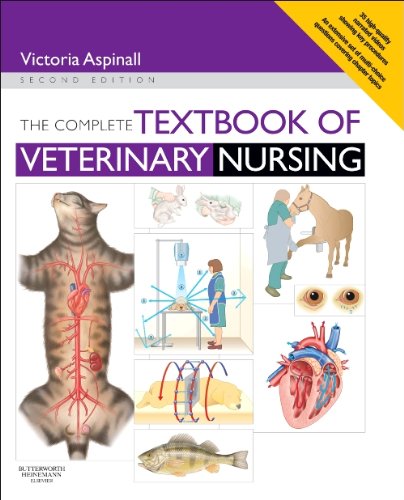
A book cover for The Complete Textbook of Veterinary Nursing, 2e; Victoria Aspinall BVSc  MRCVS; Medical Books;